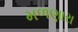
મળણારા